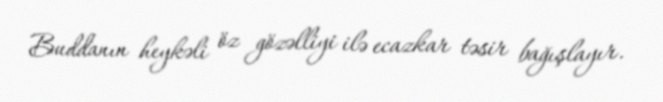
Buddanın heykəli öz gözəlliyi ilə ecazkar təsir bağışlayır.